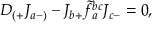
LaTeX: D _ { ( + } J _ { a - ) } - J _ { b + } \tilde { f } _ { a } ^ { b c } J _ { c - } = 0 ,